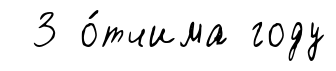
3 о́тчима году